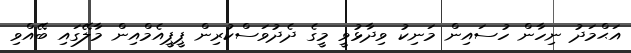
އަޙްމަދު ނިހާން ހުސައިން މަނިކު ވިދާޅުވީ މީގެ ދެދުވަސްކުރިން ޕީޕީއެމްއިން މާލޭގައި ބޭއްވި